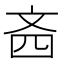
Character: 𪯣